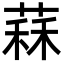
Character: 䔉